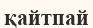
қайтпай